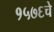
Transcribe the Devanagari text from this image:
१५७६चे